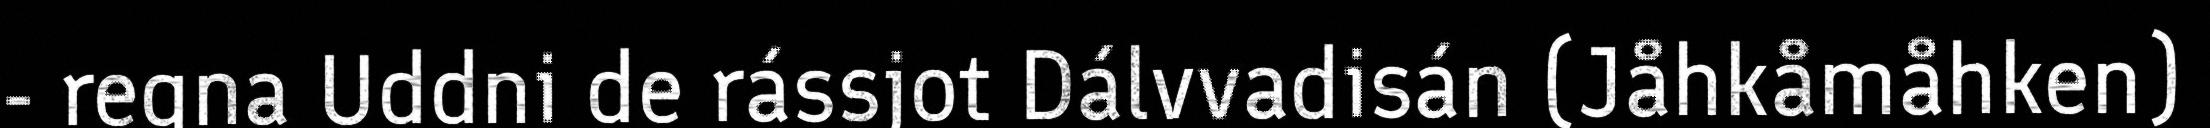
- regna Uddni de rássjot Dálvvadisán (Jåhkåmåhken)